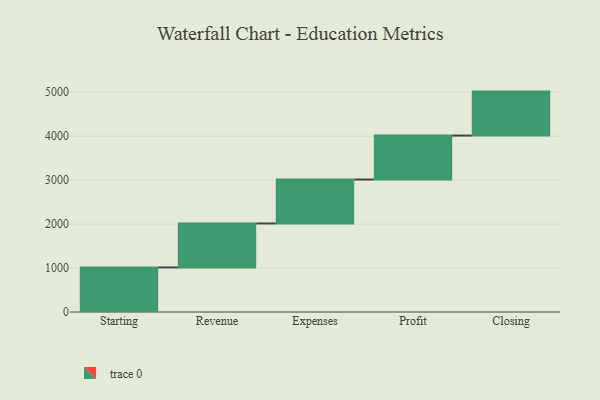
{"axis": {"x": "Step", "y": "Value"}, "legend": [""], "data": [{"x": "Starting", "y": 1014.0, "type": ""}, {"x": "Revenue", "y": 1000, "type": ""}, {"x": "Expenses", "y": 1000, "type": ""}, {"x": "Profit", "y": 1000, "type": ""}, {"x": "Closing", "y": 1000, "type": ""}]}